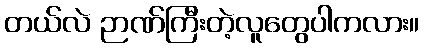
တယ်လဲ ဉာဏ်ကြီးတဲ့လူတွေပါကလား။